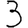
Digit: 3